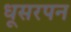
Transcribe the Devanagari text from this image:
धूसरपन